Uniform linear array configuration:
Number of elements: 48
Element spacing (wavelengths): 1
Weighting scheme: cosine
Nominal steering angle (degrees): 30
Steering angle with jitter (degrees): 31.23
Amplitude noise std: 0.05
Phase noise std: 0.05

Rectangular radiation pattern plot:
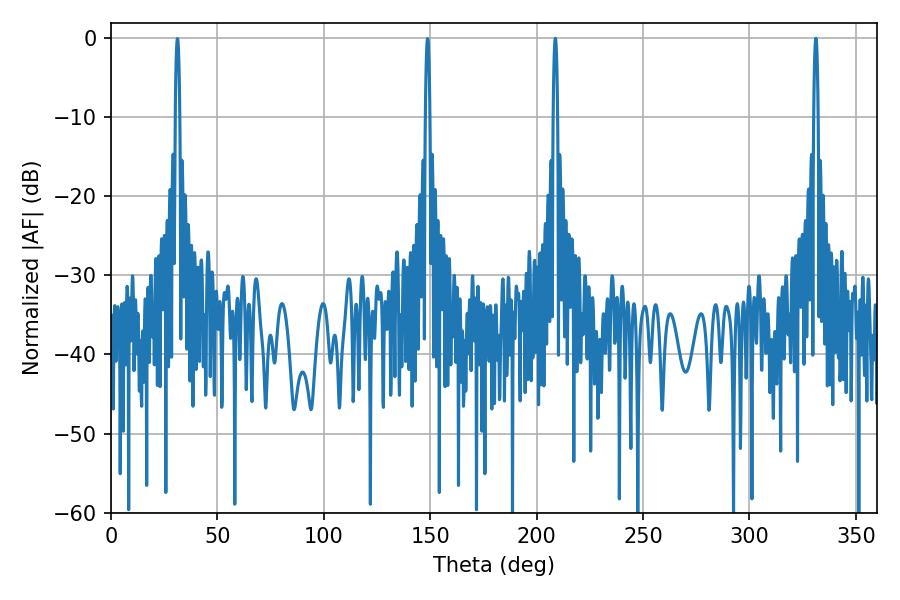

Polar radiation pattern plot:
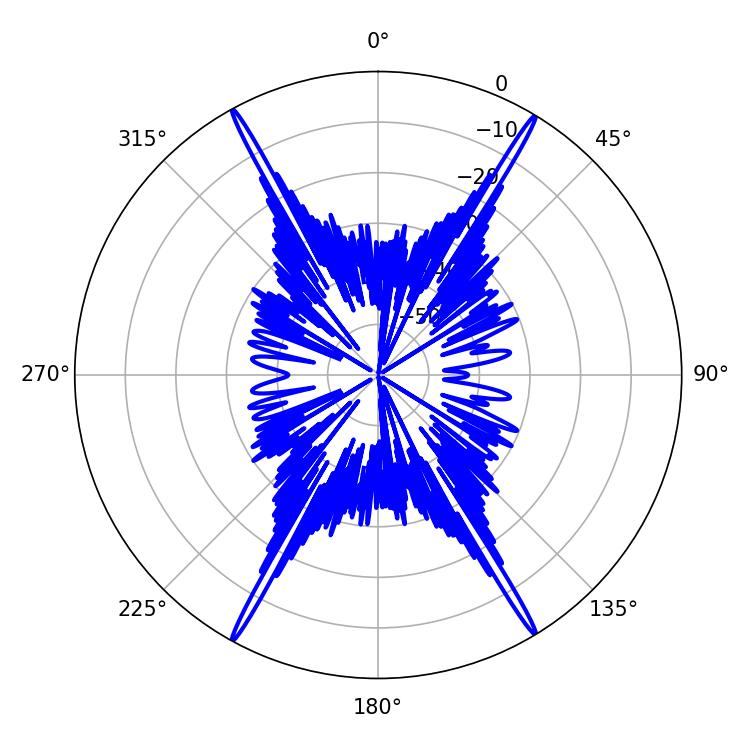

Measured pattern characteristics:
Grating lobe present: TRUE
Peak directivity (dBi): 29.225
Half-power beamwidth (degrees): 1.08
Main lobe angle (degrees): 208.8